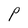
Character: P